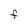
Character: F